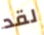
لقد